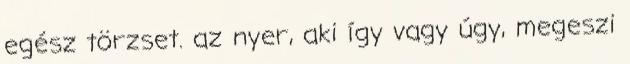
egész törzset. az nyer, aki így vagy úgy, megeszi